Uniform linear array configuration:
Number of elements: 32
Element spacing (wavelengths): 0.75
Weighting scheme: hann
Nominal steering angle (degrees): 0
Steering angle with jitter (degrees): -1.496
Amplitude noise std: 0.05
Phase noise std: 0.05

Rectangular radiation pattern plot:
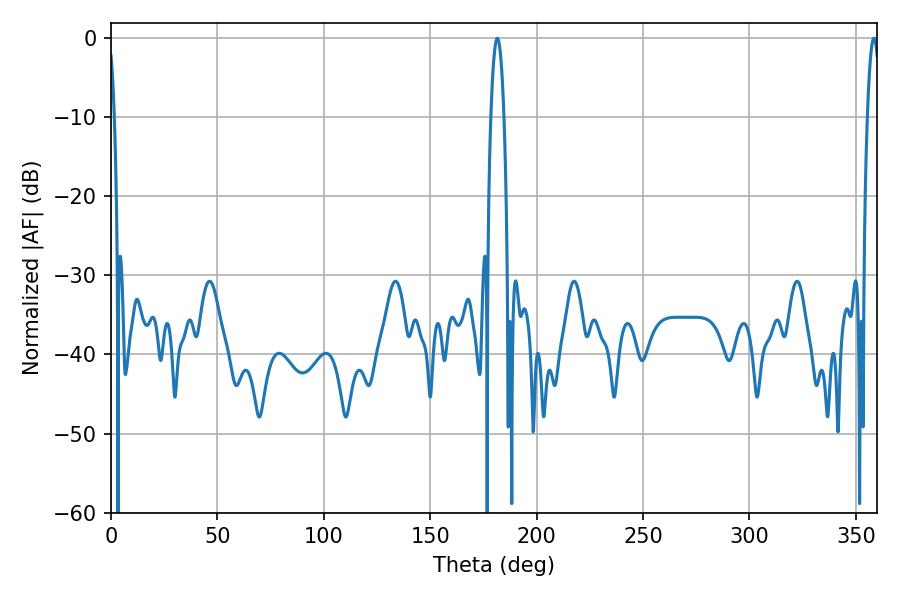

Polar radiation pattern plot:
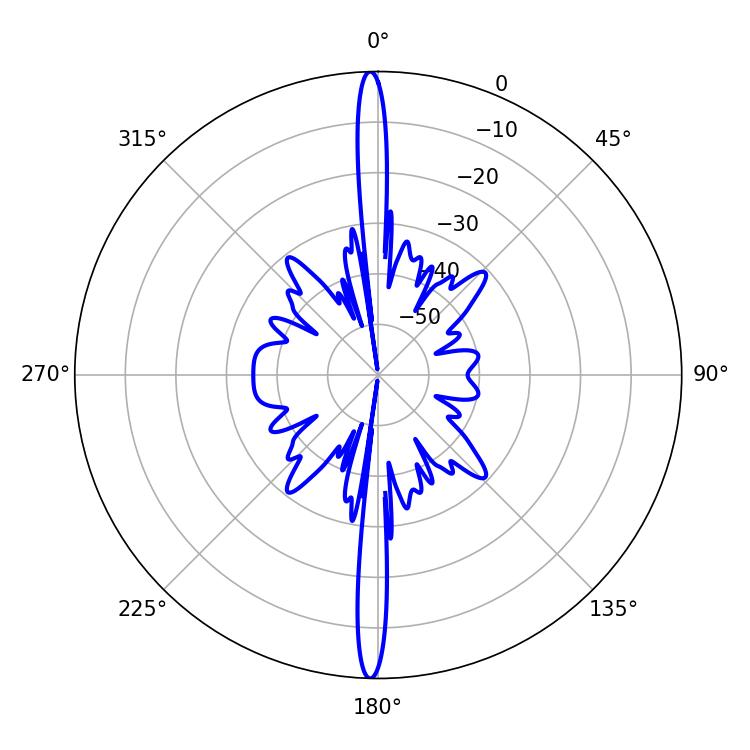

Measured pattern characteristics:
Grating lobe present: TRUE
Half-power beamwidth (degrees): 3.42
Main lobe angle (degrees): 181.44